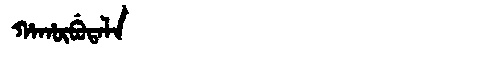
Manchu: ᡥᠠᡥᡡᠪᡠᡨᠠᠯᠠ
Romanization: HAHŪBUTALA